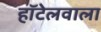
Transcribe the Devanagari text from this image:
हॉटेलवाला